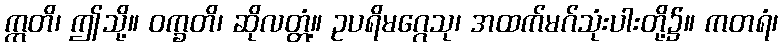
ဣတိ၊ ဤသို့။ ဝက္ခတိ၊ ဆိုလတ္တံ့။ ဥပရိမဂ္ဂေသု၊ အထက်မဂ်သုံးပါးတို့၌။ ကတရံ၊